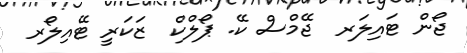
ޖޯން ޓައިލަރ  ޖޭމްސް ކޭ. ޕޯލްކް  ޒަކަރީ ޓޭއިލޯރ